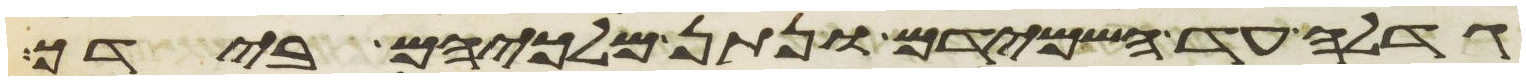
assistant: גדלה עד השמידם ונתן מלכיהם בידך